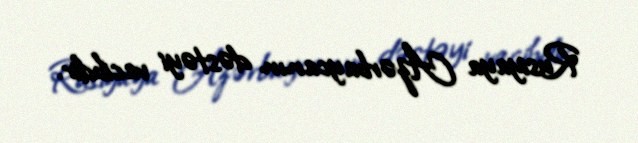
Rusiyaya Azərbaycanın dəstəyi vacibdir.